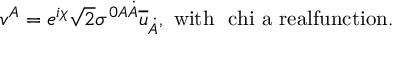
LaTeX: v ^ { A } = e ^ { i \chi } \sqrt { 2 } \sigma ^ { 0 A \dot { A } } \overline { { { u } } } _ { \dot { A } } , \ \mathrm { w i t h ~ \ c h i ~ a ~ r e a l f u n c t i o n . }